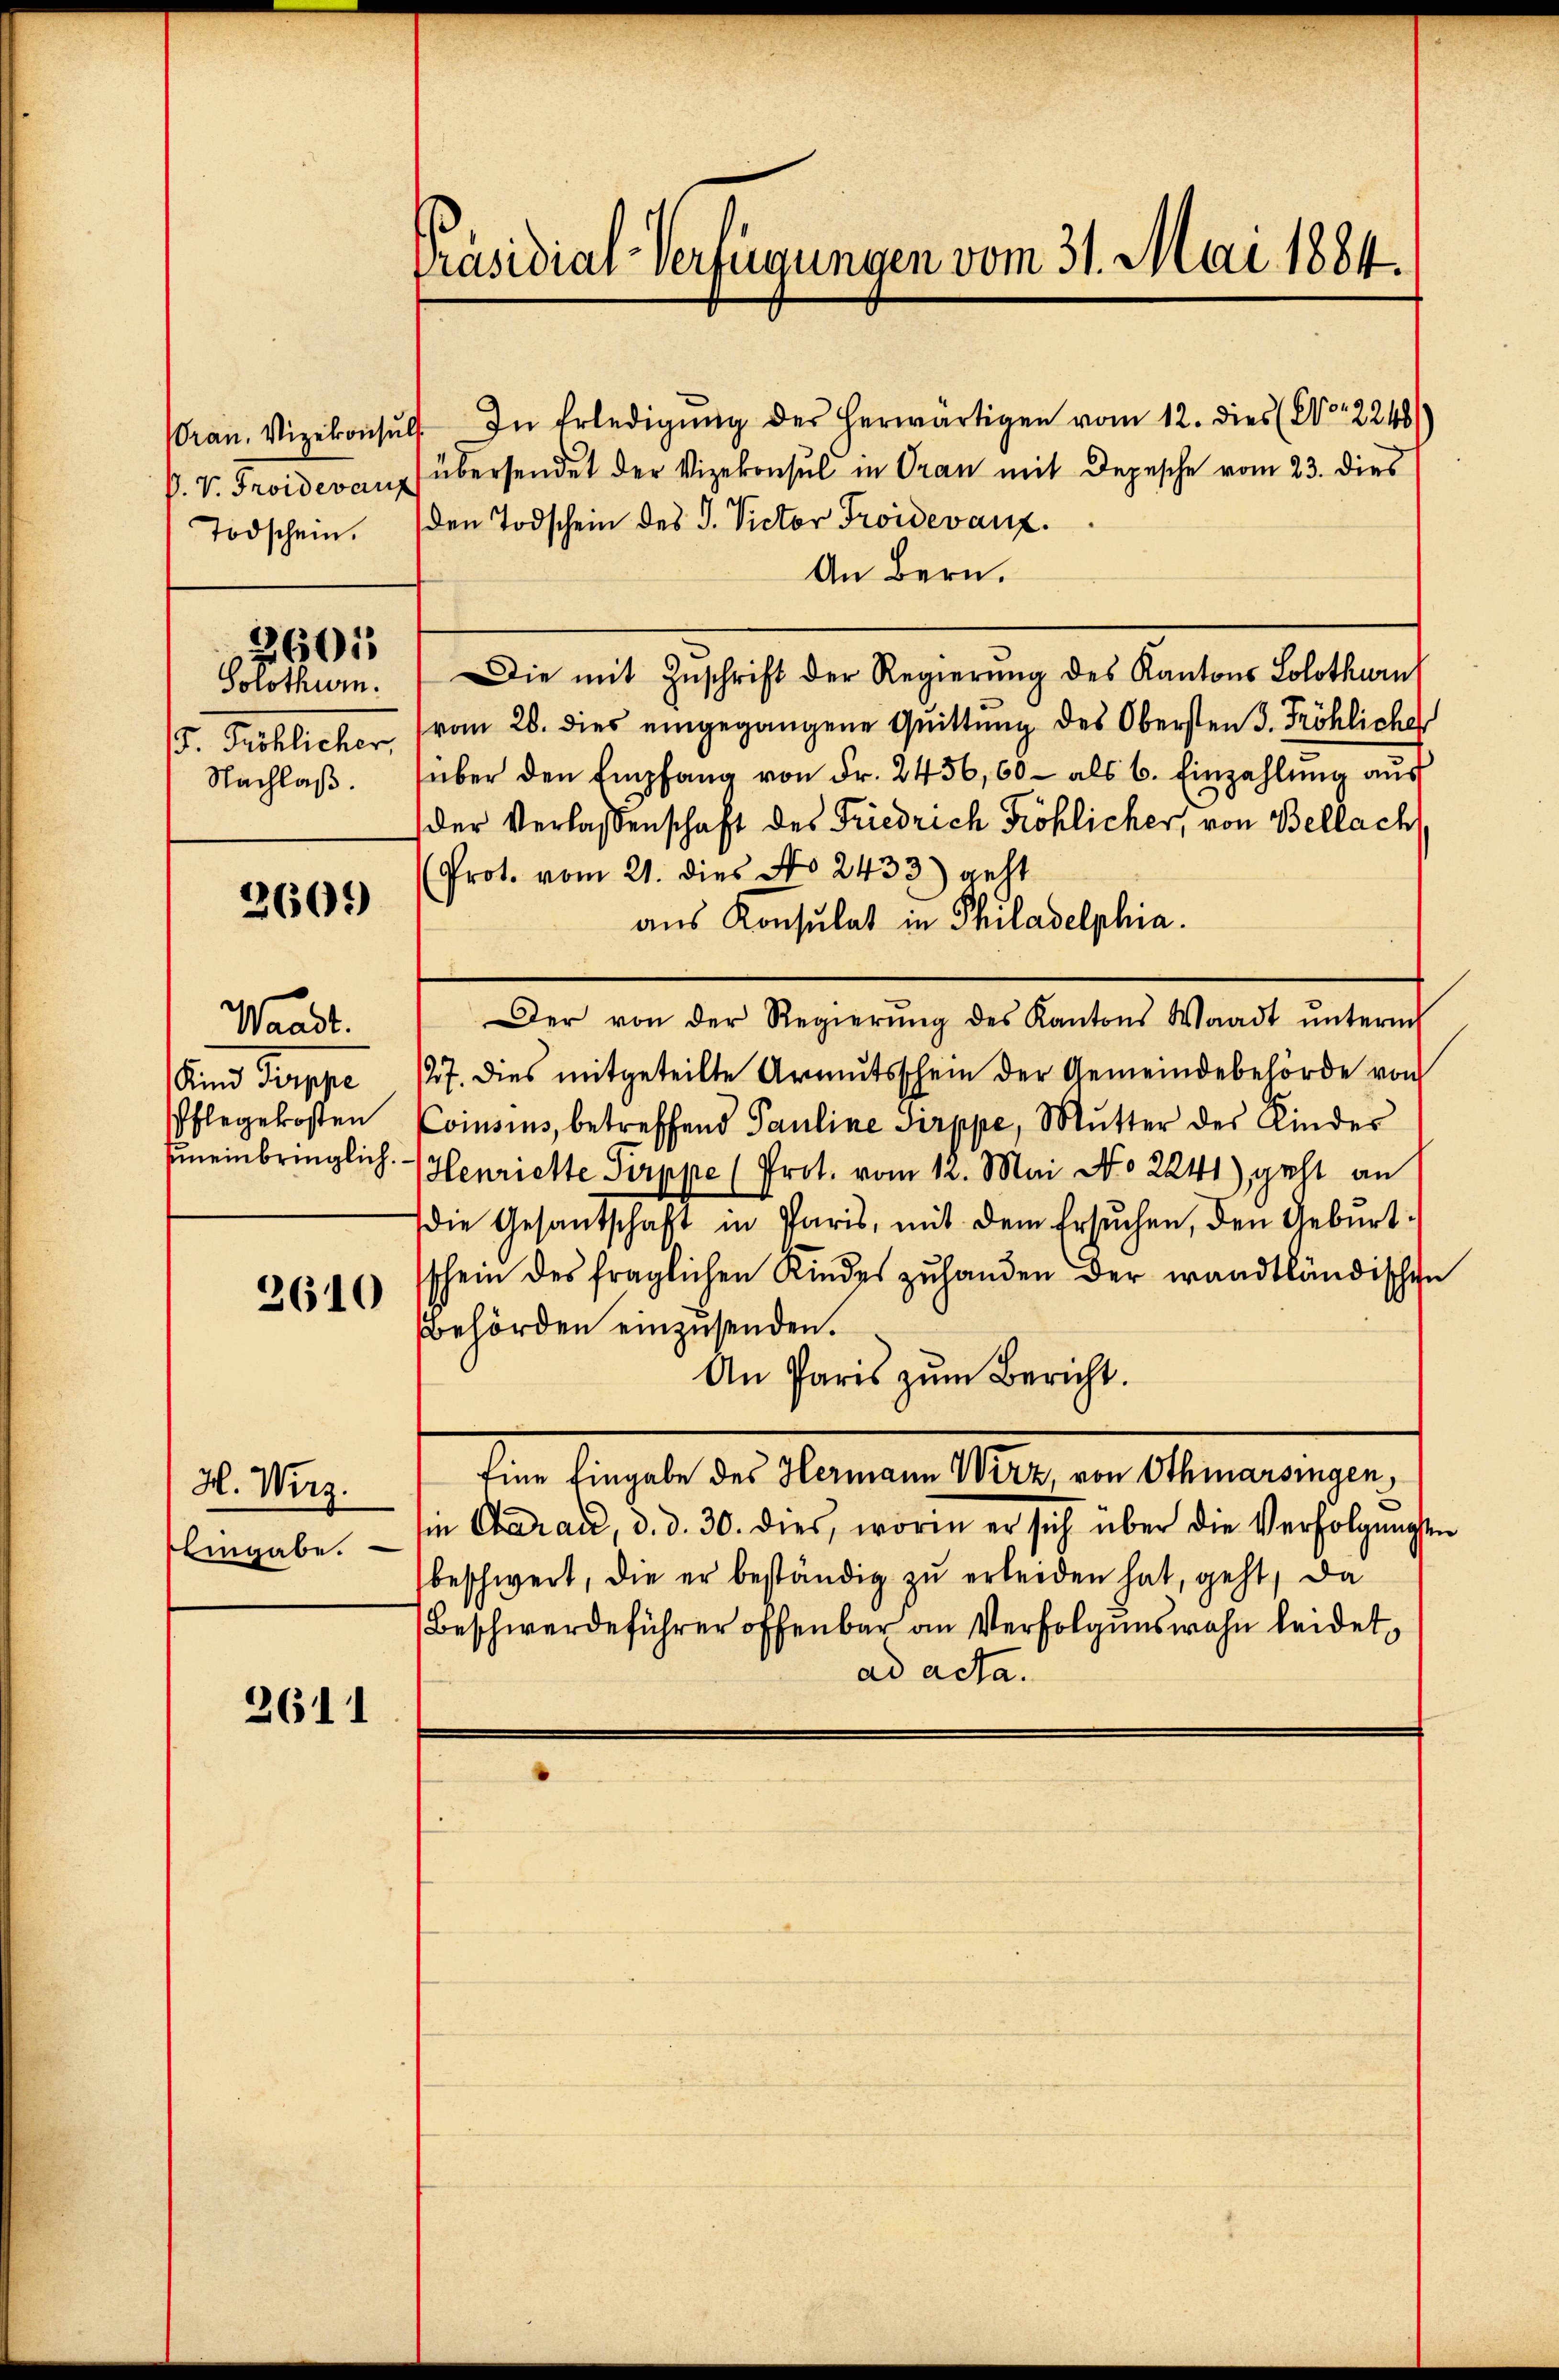
P. V. Troidevant
Todschein.

2601

Solothurn.
so. Seitlicher
Nachlaß.

2609

Waadt.
Sind Treppe
Pflegekosten

2610

H. Wirz.
Eingabe.

2611

Präsidial-Verfügungen vom 31. Mai 1884.

ran. Vizekonsult. In Erledigŭng der herwärtigen vom 12. dies (No. 2248/
übersendet der Vizekonsul in Gran mit Depesche vom 23. dies
den Todschein des P. Victor Proidevanz.
An Bern.
Die mit Zŭschrift der Regierŭng des Kantons Solothurn
vom 28. dies eingegangene Quittung des Obersten 3. Fröhlicher
über den Empfang von Fr. 2456, 60 - als 6. Einzahlung aus
der Verlassenschaft des Friedrich Fröhlicher, von Bellach
(Prot. vom 21. dies No 2433) geht
aus Konsulat in Philadelphia
Der von der Regierŭng des Kantons Waadt ŭnterm
/27. Dies mitgeteilte Armutsschein der Gemeindebehörde von
Consins, betreffend Pauline Sirppe, Mŭtter des Kinder
Euneinbringlich. Henriette Pirppe (Prot. vom 12. Mai No 2241) geht an
die Gesandschaft in Paris, mit dem Ersuchen, den Geburt
schein des fraglichen Kindes zuhanden der wandtländischen
Behörden einzusenden.
An Paris zum Bericht.
Eine Eingabe des Hermann Wirz, von Othmarsingen,
in Oberau, d. d. 30. dies, worin er sich über die Verfolgungen
beschwert, die er beständig zŭ erleiden hat, geht, da
Beschwerdeführer offenbar an Verfolgenswahn leidet,
ad acta.